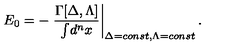
E _ { 0 } = - \left. \frac { \Gamma [ \Delta , \Lambda ] } { \int \! d ^ { n } x } \right| _ { \Delta = c o n s t , \Lambda = c o n s t } .